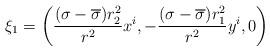
LaTeX: \begin{align*}\xi_{1}=\left(\frac{(\sigma-\overline{\sigma})r_{2}^{2}}{r^{2}} x^{i}, -\frac{(\sigma-\overline{\sigma})r_{1}^{2}}{r^{2}}y^{i},0\right)\end{align*}